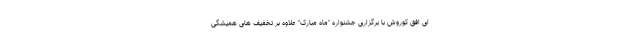
ای افق کوروش با برگزاری جشنواره "ماه مبارک" علاوه بر تخفیف های همیشگی